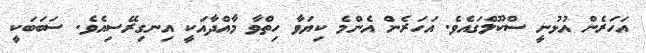
އަހަރެން އުޅުނީ ސްކޫލްގައެވެ. އަހަރެން އެންމެ ކިޔަވާ ހިތްވާ މާއްދާއަކީ އިނގިރޭސިއެވެ. ސަބަބަކީ